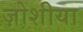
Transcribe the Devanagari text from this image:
ज़ोशीया